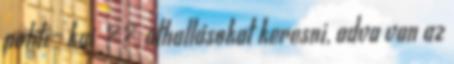
politi- kai ? ? áthallásokat keresni, adva van az